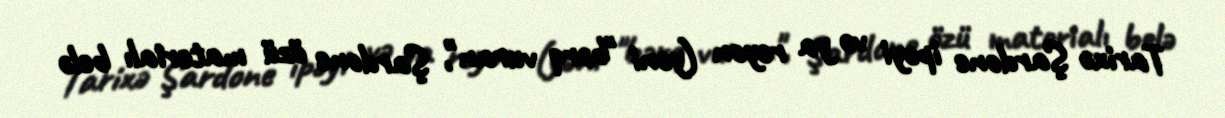
Tarixə Şardone ipəyi və ya reyon (yəni "bərq vuran", Şardone özü materialı belə